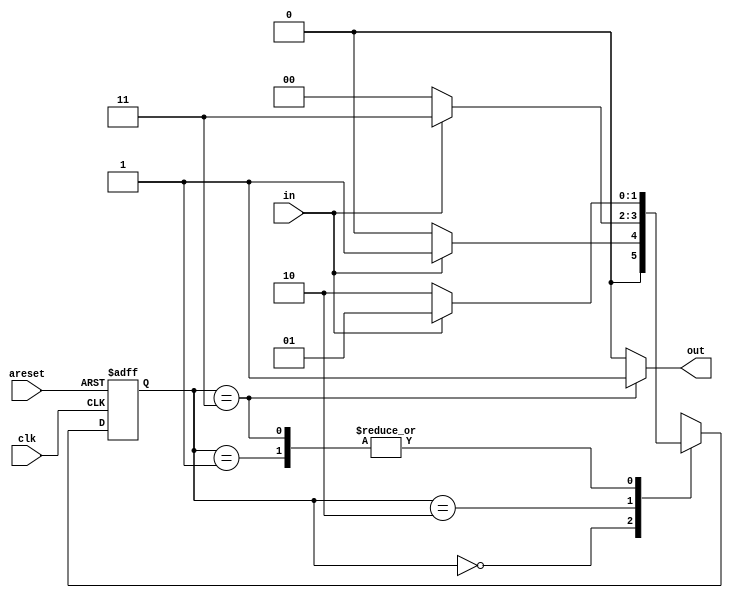
module top_module(
    input clk,
    input in,
    input areset,
    output out); //
    
    parameter A = 2'b00,
    		  B = 2'b01,
    		  C = 2'b10,
    		  D = 2'b11;
    
    reg [1:0] state, next_state;

    // State transition logic
    always @ (*)
        begin
            case (state)
                A : next_state <= (in) ? B : A; 
                B : next_state <= (in) ? B : C; 
                C : next_state <= (in) ? D : A; 
                D : next_state <= (in) ? B : C; 
            endcase
        end

    // State flip-flops with asynchronous reset
    always @ (posedge clk or posedge areset)
        begin
            if (areset)
                state <= A;
            else
                state <= next_state;
        end

    // Output logic
    assign out = (state == D) ? 1'b1 : 1'b0;

endmodule